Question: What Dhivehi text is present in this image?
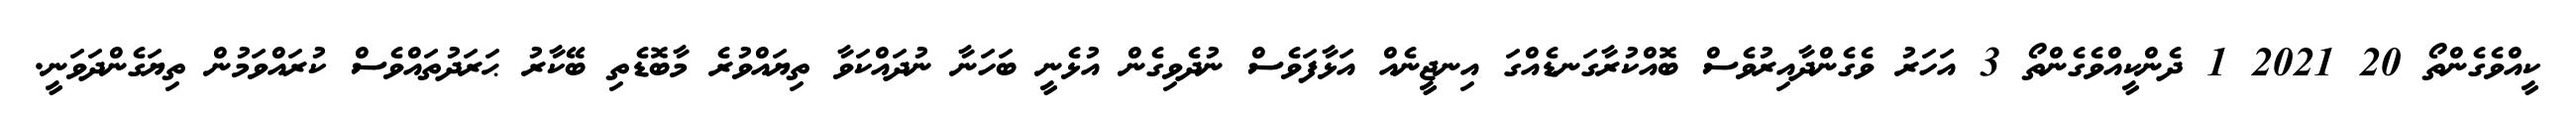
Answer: ކީއްވެގެންތޯ 20 2021 1 ދެންކީއްވެގެންތޯ 3 އަހަރު ވެގެންދާއިރުވެސް ބޮއްކުރާގަނޑެއްގަ އިނޖީނެއް އަޅާފަވެސް ނުދެވިގެން އުޅެނީ ބަހަނާ ނުދައްކަވާ ތިޔައްވުރެ މާބޮޑެތި ބޭކާރު ޙަރަދުތައްވެސް ކުރައްވަމުން ތިޔަގެންދަވަނީ.